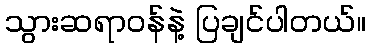
သွားဆရာဝန်နဲ့ ပြချင်ပါတယ်။